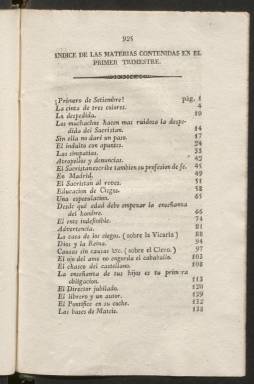
Título: El Clérigo mentor
Colección: Periódicos anteriores a 1850
Ámbito geográfico: Madrid
Lugar de publicación: Madrid
Fechas: 01/01/1841-31/12/1841